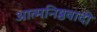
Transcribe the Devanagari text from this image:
आत्मनिष्ठवादी